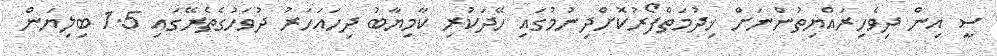
ސީ އިން ދިވެހިރައްޔިތުންނަށް ޚިދުމަތްފޯރުކޮށްދިނުމުގައި ހޭދަކުރި ކާމިޔާބު ދިހައަހަރު ދުވަހުގެތެރޭގައި 1.5 ބިލިޔަން